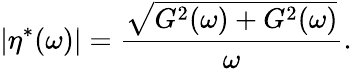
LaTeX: |\eta^{*}(\omega)|=\frac{\sqrt{G^{2}(\omega)+G^{2}(\omega)}}{\omega}.